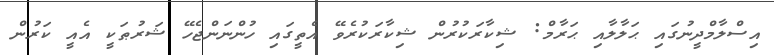
އިސްލާމްދީނުގައި ޙަލާލާއި ޙަރާމް: ޝިކާރަކުރުން ޝިކާރަކުރެވޭ އެތީގައި ހުންނަންޖެހޭ ޝަރުޠަކީ އެއީ ކަރުން